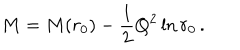
M = M ( r _ { 0 } ) - \frac { 1 } { 2 } Q ^ { 2 } \ln r _ { 0 } \, .